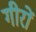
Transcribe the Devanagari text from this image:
गीरों